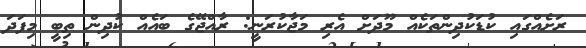
ރަށެއްގައި ކުޑަކުދިންތަކެއް މޫދަށް އެރި މަޖާކުރަނީ: ރާއްޖޭގެ ބައެއް ކުދިން ތިބީ މިފަދަ